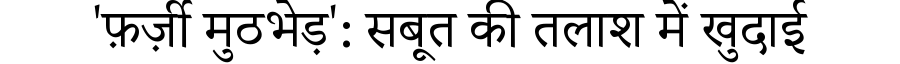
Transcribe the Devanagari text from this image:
'फ़र्ज़ी मुठभेड़': सबूत की तलाश में खुदाई